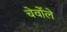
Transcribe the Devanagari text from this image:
चेर्वोले